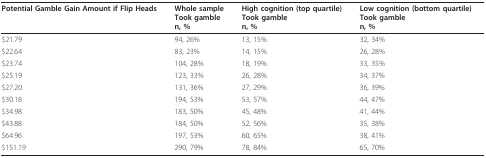
<table><thead><tr><td><b>Potential Gamble Gain Amount if Flip Heads</b></td><td><b>Whole sampleTook gamblen, %</b></td><td><b>High cognition (top quartile)Took gamblen, %</b></td><td><b>Low cognition (bottom quartile)Took gamblen, %</b></td></tr></thead><tbody><tr><td>$21.79</td><td>94, 26%</td><td>13, 15%</td><td>32, 34%</td></tr><tr><td>$22.64</td><td>83, 23%</td><td>14, 15%</td><td>26, 28%</td></tr><tr><td>$23.74</td><td>104, 28%</td><td>18, 19%</td><td>33, 35%</td></tr><tr><td>$25.19</td><td>123, 33%</td><td>26, 28%</td><td>34, 37%</td></tr><tr><td>$27.20</td><td>131, 36%</td><td>27, 29%</td><td>36, 39%</td></tr><tr><td>$30.18</td><td>194, 53%</td><td>53, 57%</td><td>44, 47%</td></tr><tr><td>$34.98</td><td>183, 50%</td><td>45, 48%</td><td>41, 44%</td></tr><tr><td>$43.88</td><td>184, 50%</td><td>52, 56%</td><td>35, 38%</td></tr><tr><td>$64.96</td><td>197, 53%</td><td>60, 65%</td><td>38, 41%</td></tr><tr><td>$151.19</td><td>290, 79%</td><td>78, 84%</td><td>65, 70%</td></tr></tbody></table>